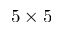
5 \times 5